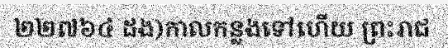
២២៧៦៤ ដង)កាលកន្លងទៅហើយ ព្រះរាជ